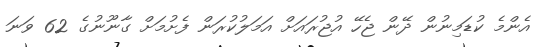
އެންމެ ކުޑަމިނުން ދޭން ޖެހޭ އުޖުރައަށް އަމަލުކުރަން ފެށުމަށް ގާނޫނުގެ 62 ވަނަ